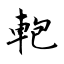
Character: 軳